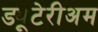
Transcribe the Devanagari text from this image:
ड्यूटेरीअम